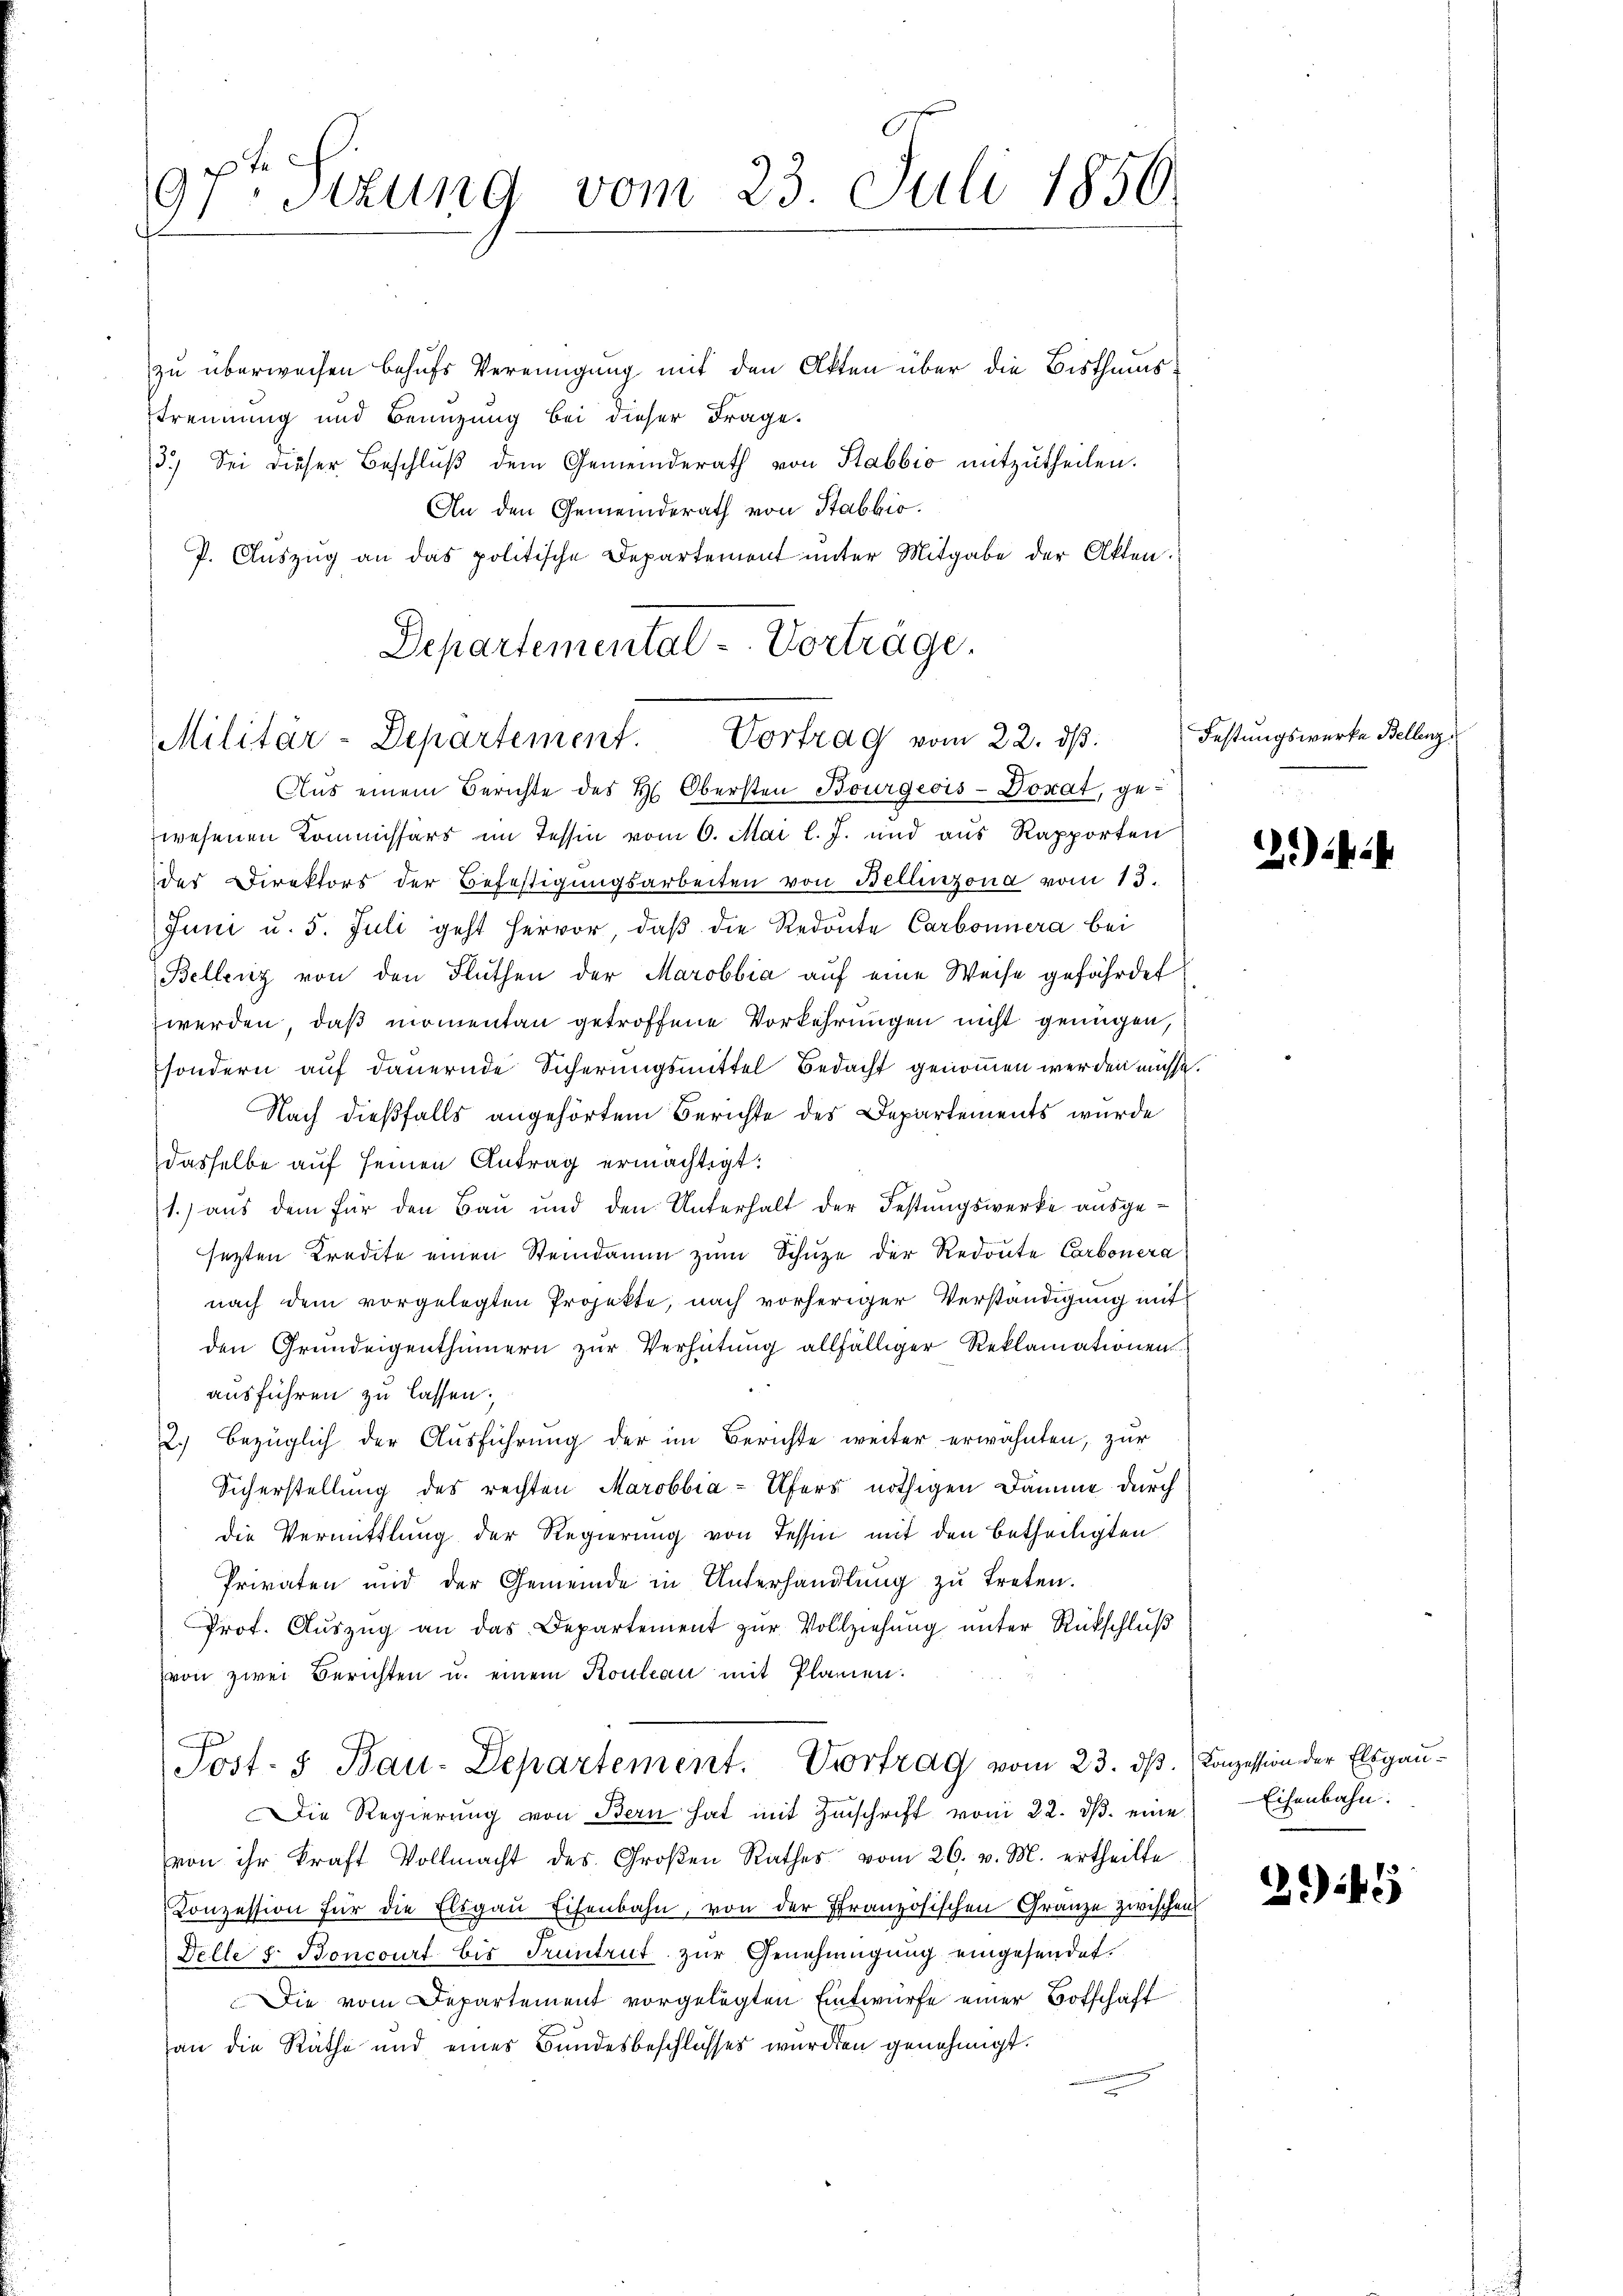
97. Sizung vom 23. Juli 1856.
t

Departemental-Vorträge.
Militär-Departement. Vortrag vom 22. dβ.

zu überweisen behufs Vereinigung mit den Akten über die Bisthumstrennung und Benuzung bei dieser Frage.
3.) Sei dieser Beschlŭβ dem Gemeinderath von Stabbio mitzutheilen.
An den Gemeinderath von Stabbio.
P. Aŭszŭg an das politische Departement unter Mitgabe der Akten.
Aus einem Berichte des H. Obersten Bourgeois-Donat, gewesenen Kommissärs im Tessin vom 6. Mai l. J. und aus Rapporten
der Direktors der Befestigungsarbeiten von Bellinzona vom 13.
Juni u. 5. Juli geht hervor, daβ die Redoute Carbonnera bei
Bellenz von den Fluthen der Marobbia auf eine Weise gefährdet
werden, daß momentan getroffene Vorkehrungen nicht genügen,
sondern auf dauernde Sicherungsmittel Bedacht genommen werden müsse.
Nach dießfalls angehörtem Berichte des Departements wurde
dasselbe auf seinen Antrag ermächtigt:
1.) aus dem für den Bau und den Unterhalt der Festungswerke ausgesetzten Kredite einen Steindamm zum Schuze der Redoute Carbonera
nach dem vorgelegten Projekte, nach vorheriger Verständigung mit
den Grundeigenthümern zur Verhütung allfälliger Reklamationen
ausführen zu lassen.
2.) bezüglich der Ausführung der im Berichte weiter erwähnten, zur
Sicherstellung des rechten Marobbia-Ufers nöthigen Damme durch
die Vermittlung der Regierung von Tessin mit den betheiligten
Privaten und der Gemeinde in Unterhandlŭng zŭ treten.
Prot. Aŭszŭg an das Departement zŭr Vollziehŭng ŭnter Rückschlŭβ
von zwei Berichten u. einem Kouleau mit Planen.
Post- & Bau-Departement. Vortrag vom 23. dß. Conzession der Elsgau¬
Die Regierŭng von Bern hat mit Zŭschrift vom 22. dβ. eine Eisenbahn.
von ihr kraft Vollmacht des Großen Rathes vom 26. v. M. ertheilte
Conzession für die Elsgaŭ Eisenbahn, von der Französischen Granze zwischen
Delle s. Boncourt bis Fruntrut zur Genehmigung eingesendet.
Die vom Departement vorgelegten Entwurfe einer Botschaft
an die Räthe und eines Bundesbeschlusses würden genehmigt.

Festungswerke Bellenz

2) i

245